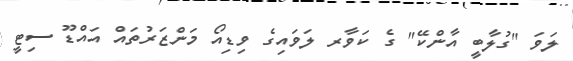
ލަވަ "ގުލާބީ އާންކޭ" ގެ ކަވާރ ލަވައިގެ ވިޑިއޯ މަންޒަރުތައް އައްޑޫ ސިޓީ